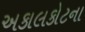
અકાલકોટના